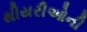
થીયરીઓની